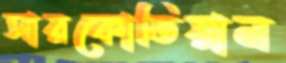
সারকোডিয়ান